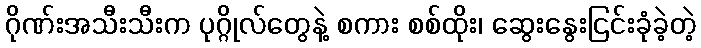
ဂိုဏ်းအသီးသီးက ပုဂ္ဂိုလ်တွေနဲ့ စကား စစ်ထိုး၊ ဆွေးနွေးငြင်းခုံခဲ့တဲ့